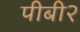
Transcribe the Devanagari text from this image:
पीबी२